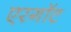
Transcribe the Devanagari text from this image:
एरगॉट